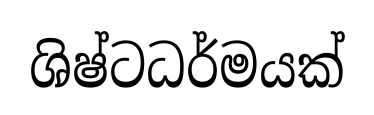
ශිෂ්ටධර්මයක්